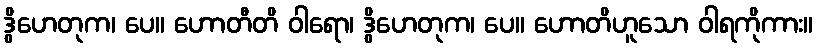
ဒွိဟေတုက၊ ပေ။ ဟောတီတိ ဝါရော၊ ဒွိဟေတုက၊ ပေ။ ဟောတိဟူသော ဝါရကိုကား။